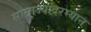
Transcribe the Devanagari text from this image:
साम्राज्यांदरम्यान